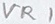
Text: VR1